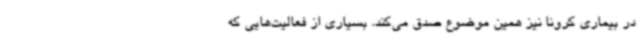
در بیماری کرونا نیز همین موضوع صدق می‌کند. بسیاری از فعالیت‌هایی که